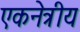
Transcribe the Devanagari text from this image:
एकनेत्रीय